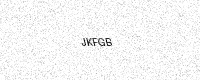
Text: JKFGB